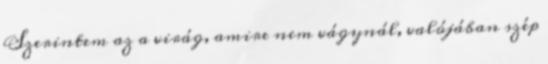
Szerintem az a virág, amire nem vágynál, valójában szép